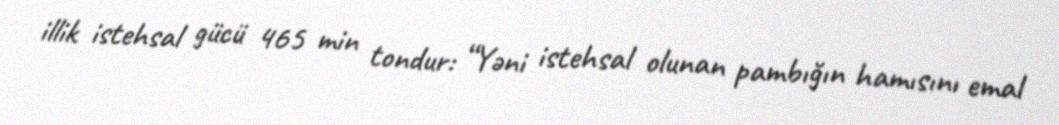
illik istehsal gücü 465 min tondur: “Yəni istehsal olunan pambığın hamısını emal